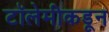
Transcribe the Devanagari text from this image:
टॉलेमीकडून